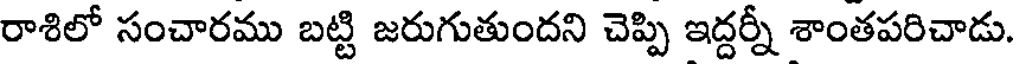
రాశిలో సంచారము బట్టి జరుగుతుందని చెప్పి ఇద్దర్నీ శాంతపరిచాడు.